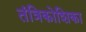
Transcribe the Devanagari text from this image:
तंत्रिकोशिका